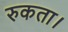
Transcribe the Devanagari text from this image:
रुकता।